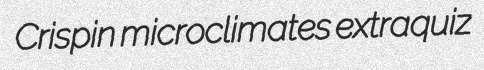
Crispin microclimates extraquiz